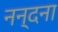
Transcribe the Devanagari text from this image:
नन्दना